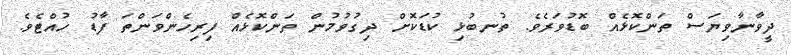
ދީވާނާވިޔަސް ތަންކޮޅެއް ބޮޑުވަރެވެ. ތުނބުޅި ކުޑަކޮށް ދިގުވުމުން ތަންކޮޅެއް ފިރިހެންވަންތަ ފާޑު ހުއްޓެވެ.